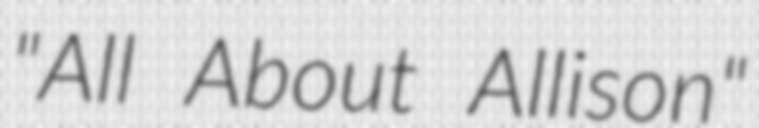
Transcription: "All About Allison"